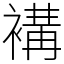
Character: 褠